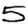
Digit: 5